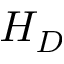
H _ { D }